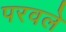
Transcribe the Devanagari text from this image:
परवले